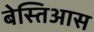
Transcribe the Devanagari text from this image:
बेस्तिआस